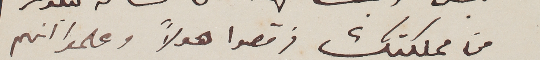
من مملكتك فرقصوا هولاً وعلموا انهم